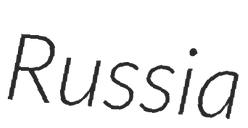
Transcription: Russia